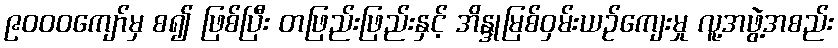
၉၀၀၀ကျော်မှ စ၍ ဖြစ်ပြီး တဖြည်းဖြည်းနှင့် အိန္ဒုမြစ်ဝှမ်းယဉ်ကျေးမှု လူ့အဖွဲ့အစည်း